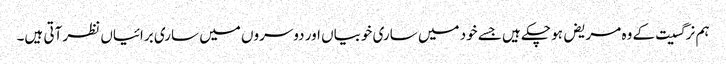
ہم نرگسیت کے وہ مریض ہو چکے ہیں جسے خود میں ساری خوبیاں اور دوسروں میں ساری برائیاں نظر آتی ہیں۔